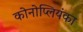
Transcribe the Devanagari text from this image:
कोनोप्लियंका